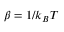
\beta = 1 / k _ { B } T